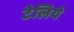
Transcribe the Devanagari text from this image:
टेलिये